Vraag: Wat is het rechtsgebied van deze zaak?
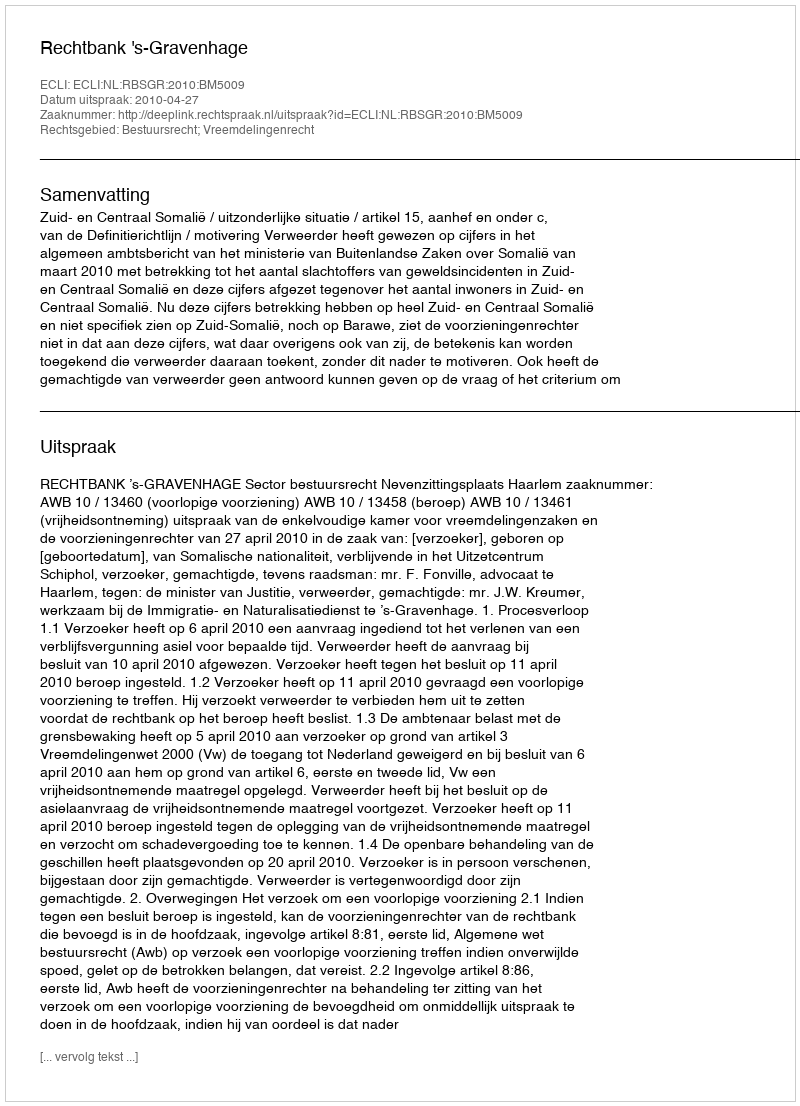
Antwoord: Bestuursrecht; Vreemdelingenrecht